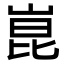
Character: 崑